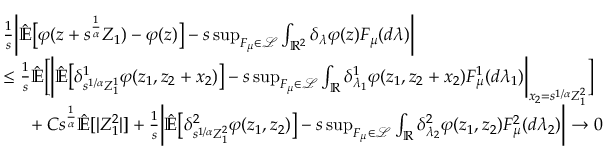
\begin{array} { r l } & { \frac { 1 } { s } \bigg \vert \mathbb { \hat { E } } \big [ \varphi ( z + s ^ { \frac { 1 } { \alpha } } Z _ { 1 } ) - \varphi ( z ) \big ] - s \operatorname* { s u p } _ { F _ { \mu } \in \mathcal { L } } \int _ { \mathbb { R } ^ { 2 } } \delta _ { \lambda } \varphi ( z ) F _ { \mu } ( d \lambda ) \bigg \vert } \\ & { \leq \frac { 1 } { s } \mathbb { \hat { E } } \bigg [ \bigg \vert \mathbb { \hat { E } } \big [ \delta _ { s ^ { 1 / \alpha } Z _ { 1 } ^ { 1 } } ^ { 1 } \varphi ( z _ { 1 } , z _ { 2 } + x _ { 2 } ) \big ] - s \operatorname* { s u p } _ { F _ { \mu } \in \mathcal { L } } \int _ { \mathbb { R } } \delta _ { \lambda _ { 1 } } ^ { 1 } \varphi ( z _ { 1 } , z _ { 2 } + x _ { 2 } ) F _ { \mu } ^ { 1 } ( d \lambda _ { 1 } ) \bigg \vert _ { x _ { 2 } = s ^ { 1 / \alpha } Z _ { 1 } ^ { 2 } } \bigg ] } \\ & { \mathrm { ~ \ ~ \ } + C s ^ { \frac { 1 } { \alpha } } \mathbb { \hat { E } } [ | Z _ { 1 } ^ { 2 } | ] + \frac { 1 } { s } \bigg \vert \mathbb { \hat { E } } \big [ \delta _ { s ^ { 1 / \alpha } Z _ { 1 } ^ { 2 } } ^ { 2 } \varphi ( z _ { 1 } , z _ { 2 } ) \big ] - s \operatorname* { s u p } _ { F _ { \mu } \in \mathcal { L } } \int _ { \mathbb { R } } \delta _ { \lambda _ { 2 } } ^ { 2 } \varphi ( z _ { 1 } , z _ { 2 } ) F _ { \mu } ^ { 2 } ( d \lambda _ { 2 } ) \bigg \vert \rightarrow 0 } \end{array}